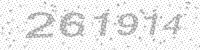
Solution: 261914